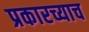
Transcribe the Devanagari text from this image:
प्रकारच्याच